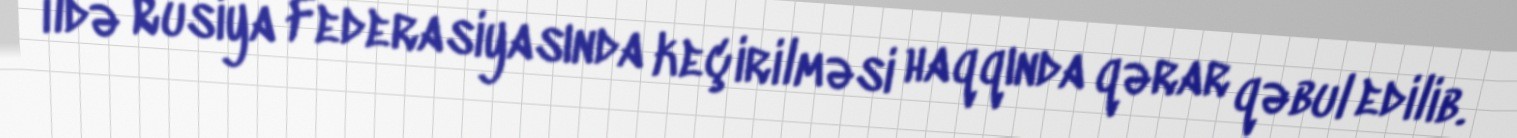
ildə Rusiya Federasiyasında keçirilməsi haqqında qərar qəbul edilib.